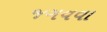
જગવવા